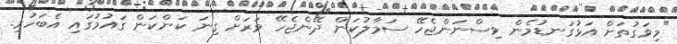
"މިވަގުތަށް އަޅުގަނޑުމެން ވިސްނަންޖެހޭ ސަމާލުކަން ދޭންޖެހޭ ވަރަށް ގިނަ ކަންކަން ގައުމުގައި އެބަހުރި.